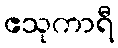
ဧသုကာရီ